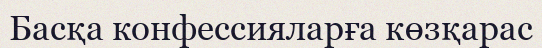
Басқа конфессияларға көзқарас